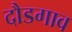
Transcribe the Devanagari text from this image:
दौडगाव